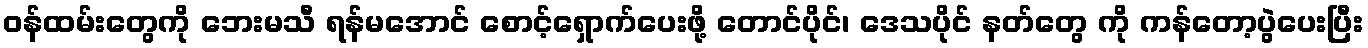
ဝန်ထမ်းတွေကို ဘေးမသီ ရန်မအောင် စောင့်ရှောက်ပေးဖို့ တောင်ပိုင်၊ ဒေသပိုင် နတ်တွေ ကို ကန်တော့ပွဲပေးပြီး